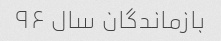
بازماندگان سال ۹۶